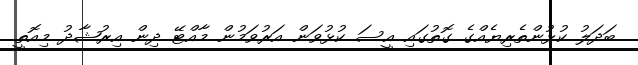
ބަދަލު ކުޅުންތެރިޔެއްގެ ގޮތުގައި އީސަ ކުޅުވަން އަރުވަމުން މާއްޓޭ ދިން އިރުޝާދު މިއޮތީ